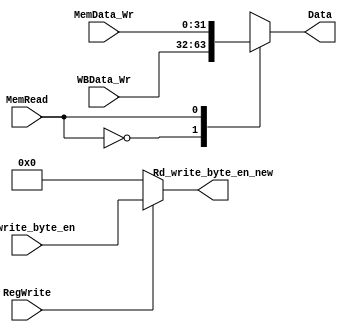
module WR(
input [3:0]Rd_write_byte_en,
input RegWrite,
input [31:0] MemData_Wr,
input [31:0] WBData_Wr,
input MemRead,
output reg [31:0] Data,
output reg [3:0] Rd_write_byte_en_new
);
always @(*)
begin
case(MemRead)
1'b0:Data=WBData_Wr;
1'b1:Data=MemData_Wr;
endcase
if(RegWrite==0)
Rd_write_byte_en_new=4'b0000;
else
Rd_write_byte_en_new=Rd_write_byte_en;
end
endmodule